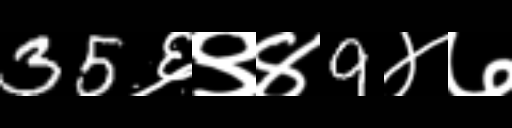
Text: 35६९४9४७